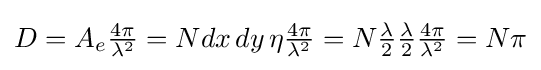
{\textstyle D=A_{e}{\frac {4\pi }{\lambda ^{2}}}=Ndx\,dy\,\eta {\frac {4\pi }{\lambda ^{2}}}=N{\frac {\lambda }{2}}{\frac {\lambda }{2}}{\frac {4\pi }{\lambda ^{2}}}=N\pi }